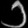
Digit: ၁